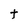
Character: t